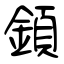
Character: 顉